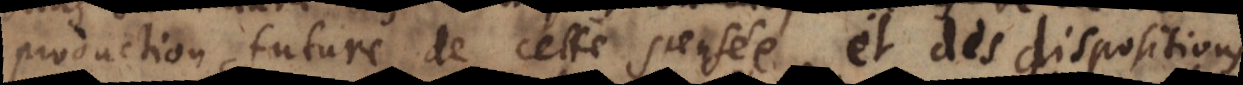
production future de cette pensée, et des dispositions